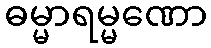
ဓမ္မာရမ္မဏော